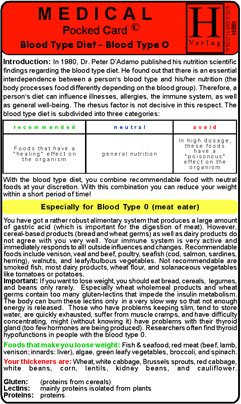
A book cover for Blood Type Diet - 0 - Medical Pocket Card; Hawelka; Health, Fitness & Dieting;